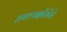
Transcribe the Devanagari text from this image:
उपाध्यक्षोंमेंसे